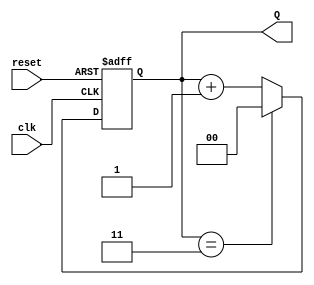
module binary_counter (
    input wire clk,         // Clock input
    input wire reset,       // Asynchronous reset input
    output reg [N-1:0] Q    // Output representing the current state
);
    parameter N = 2;        // Number of bits for the counter (change N for different sizes)
    localparam MAX_COUNT = (1 << N) - 1; // Maximum count value (2^N - 1)

    // State transition on the rising edge of the clock
    always @(posedge clk or posedge reset) begin
        if (reset) begin
            Q <= 0; // Reset the counter to 0
        end else begin
            if (Q == MAX_COUNT) begin
                Q <= 0; // Wrap around to 0 if the maximum count is reached
            end else begin
                Q <= Q + 1; // Increment the counter
            end
        end
    end
endmodule